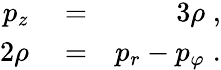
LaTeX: \begin{array}{rlr}{p_{z}}&{{}=}&{3\rho\; ,}\\ {2\rho}&{{}=}&{p_{r}-p_{\varphi}\; .}\end{array}